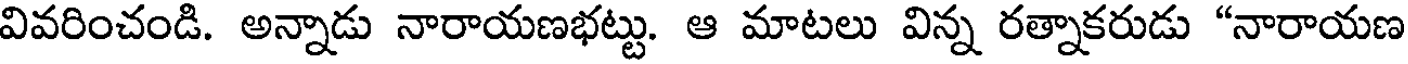
వివరించండి. అన్నాడు నారాయణభట్టు. ఆ మాటలు విన్న రత్నాకరుడు "నారాయణ